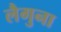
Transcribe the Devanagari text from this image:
लैगुना